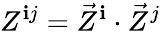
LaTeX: Z^{\mathbf{i}j}={\vec{{Z}}}^{\mathbf{i}}\cdot{\vec{{Z}}}^{j}